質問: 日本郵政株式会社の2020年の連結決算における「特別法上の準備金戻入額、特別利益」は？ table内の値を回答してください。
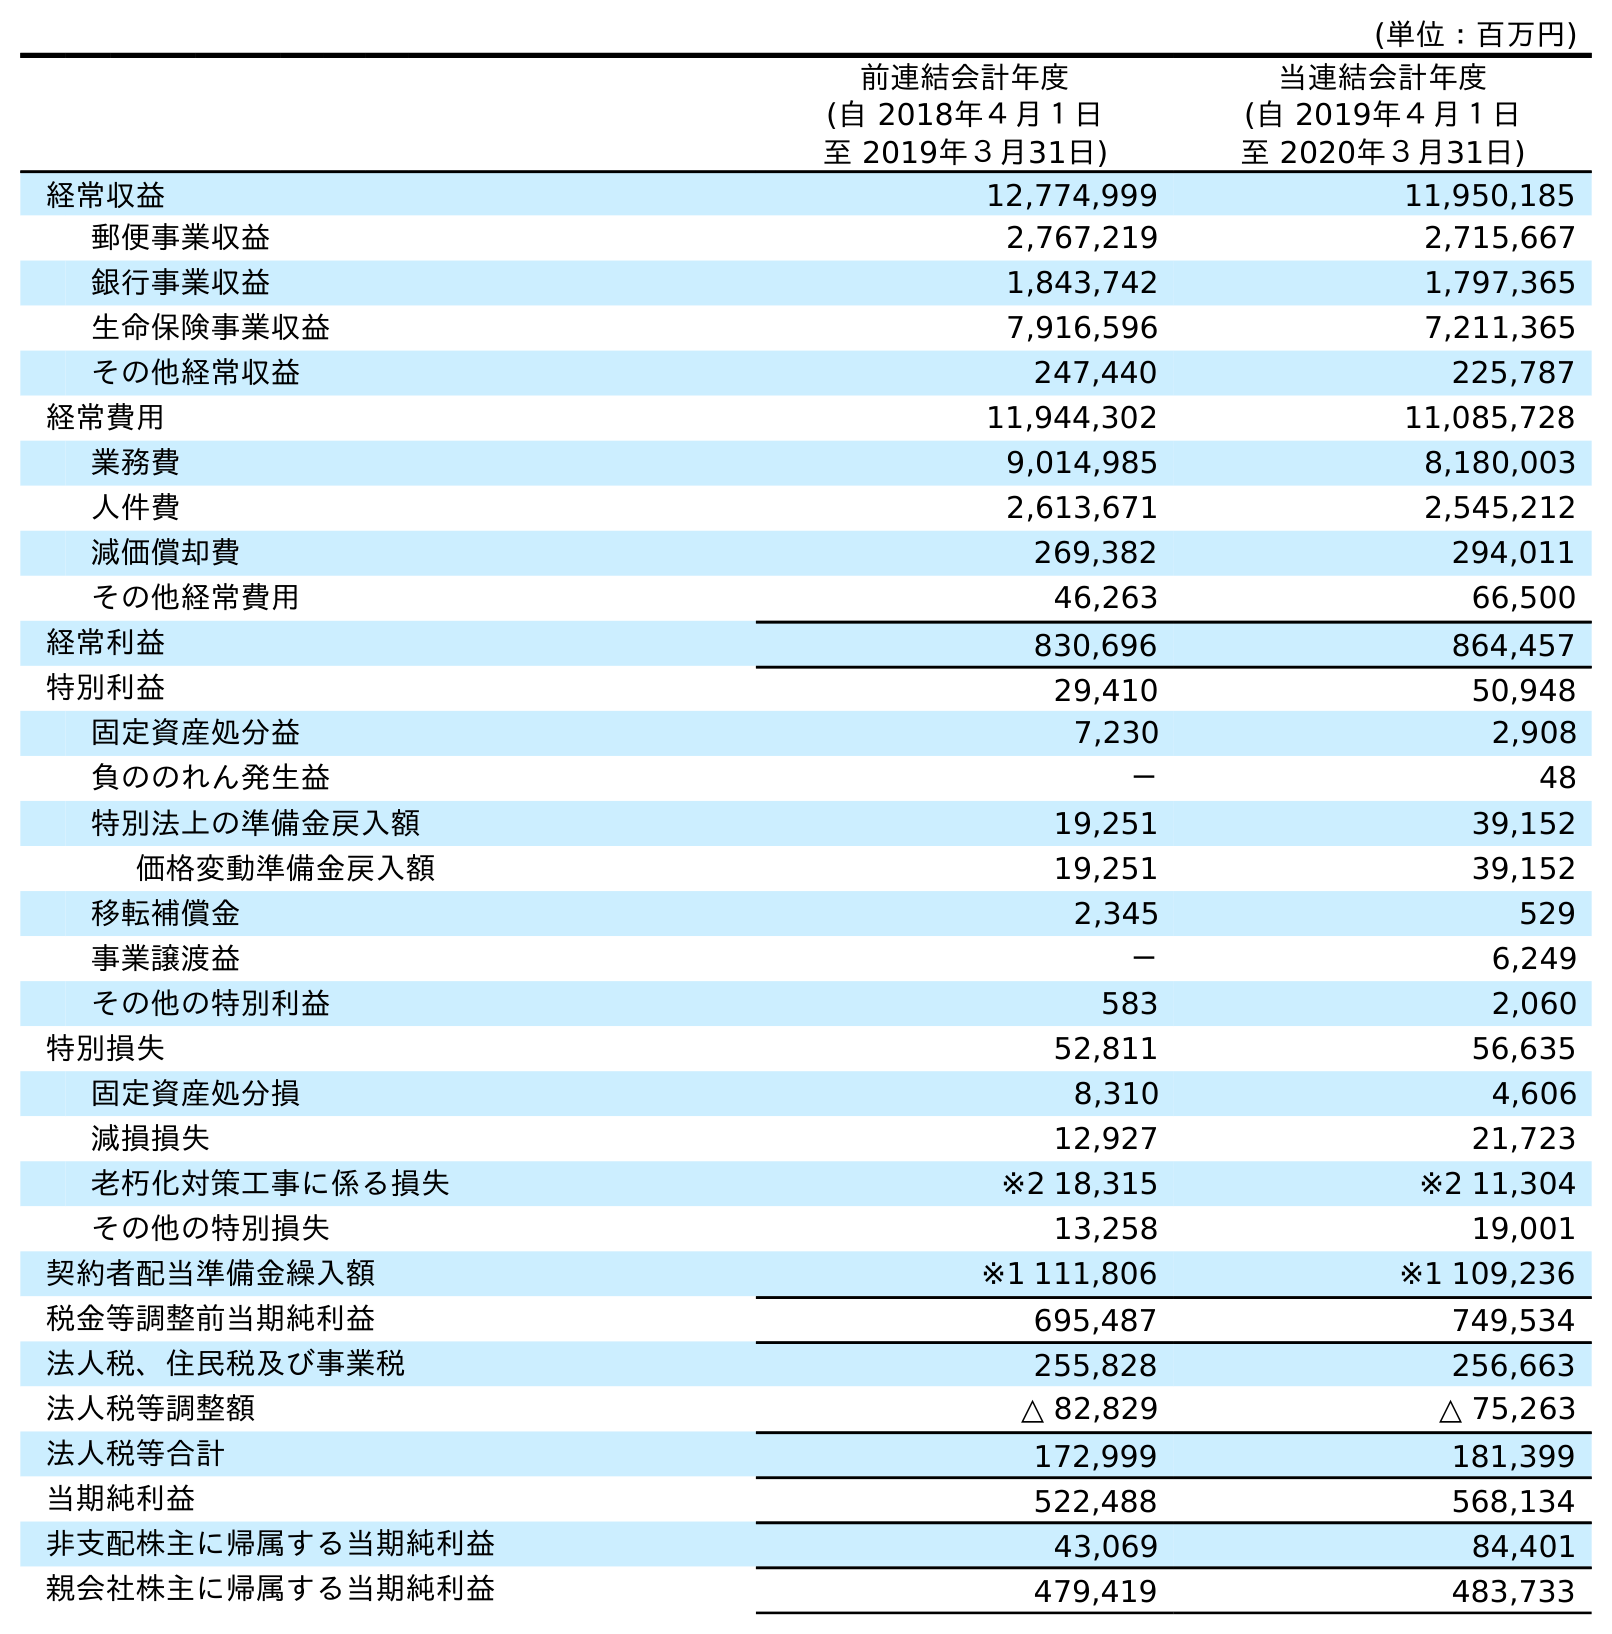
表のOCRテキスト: (単位：百万円) 前連結会計年度 (自 2018年４月１日 至 2019年３月31日) 当連結会計年度 (自 2019年４月１日 至 2020年３月31日) 経常収益 12,774,999 11,950,185 郵便事業収益 2,767,219 2,715,667 銀行事業収益 1,843,742 1,797,365 生命保険事業収益 7,916,596 7,211,365 その他経常収益 247,440 225,787 経常費用 11,944,302 11,085,728 業務費 9,014,985 8,180,003 人件費 2,613,671 2,545,212 減価償却費 269,382 294,011 その他経常費用 46,263 66,500 経常利益 830,696 864,457 特別利益 29,410 50,948 固定資産処分益 7,230 2,908 負ののれん発生益 － 48 特別法上の準備金戻入額 19,251 39,152 価格変動準備金戻入額 19,251 39,152 移転補償金 2,345 529 事業譲渡益 － 6,249 その他の特別利益 583 2,060 特別損失 52,811 56,635 固定資産処分損 8,310 4,606 減損損失 12,927 21,723 老朽化対策工事に係る損失 ※2 18,315 ※2 11,304 その他の特別損失 13,258 19,001 契約者配当準備金繰入額 ※1 111,806 ※1 109,236 税金等調整前当期純利益 695,487 749,534 法人税、住民税及び事業税 255,828 256,663 法人税等調整額 △ 82,829 △ 75,263 法人税等合計 172,999 181,399 当期純利益 522,488 568,134 非支配株主に帰属する当期純利益 43,069 84,401 親会社株主に帰属する当期純利益 479,419 483,733
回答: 39,152